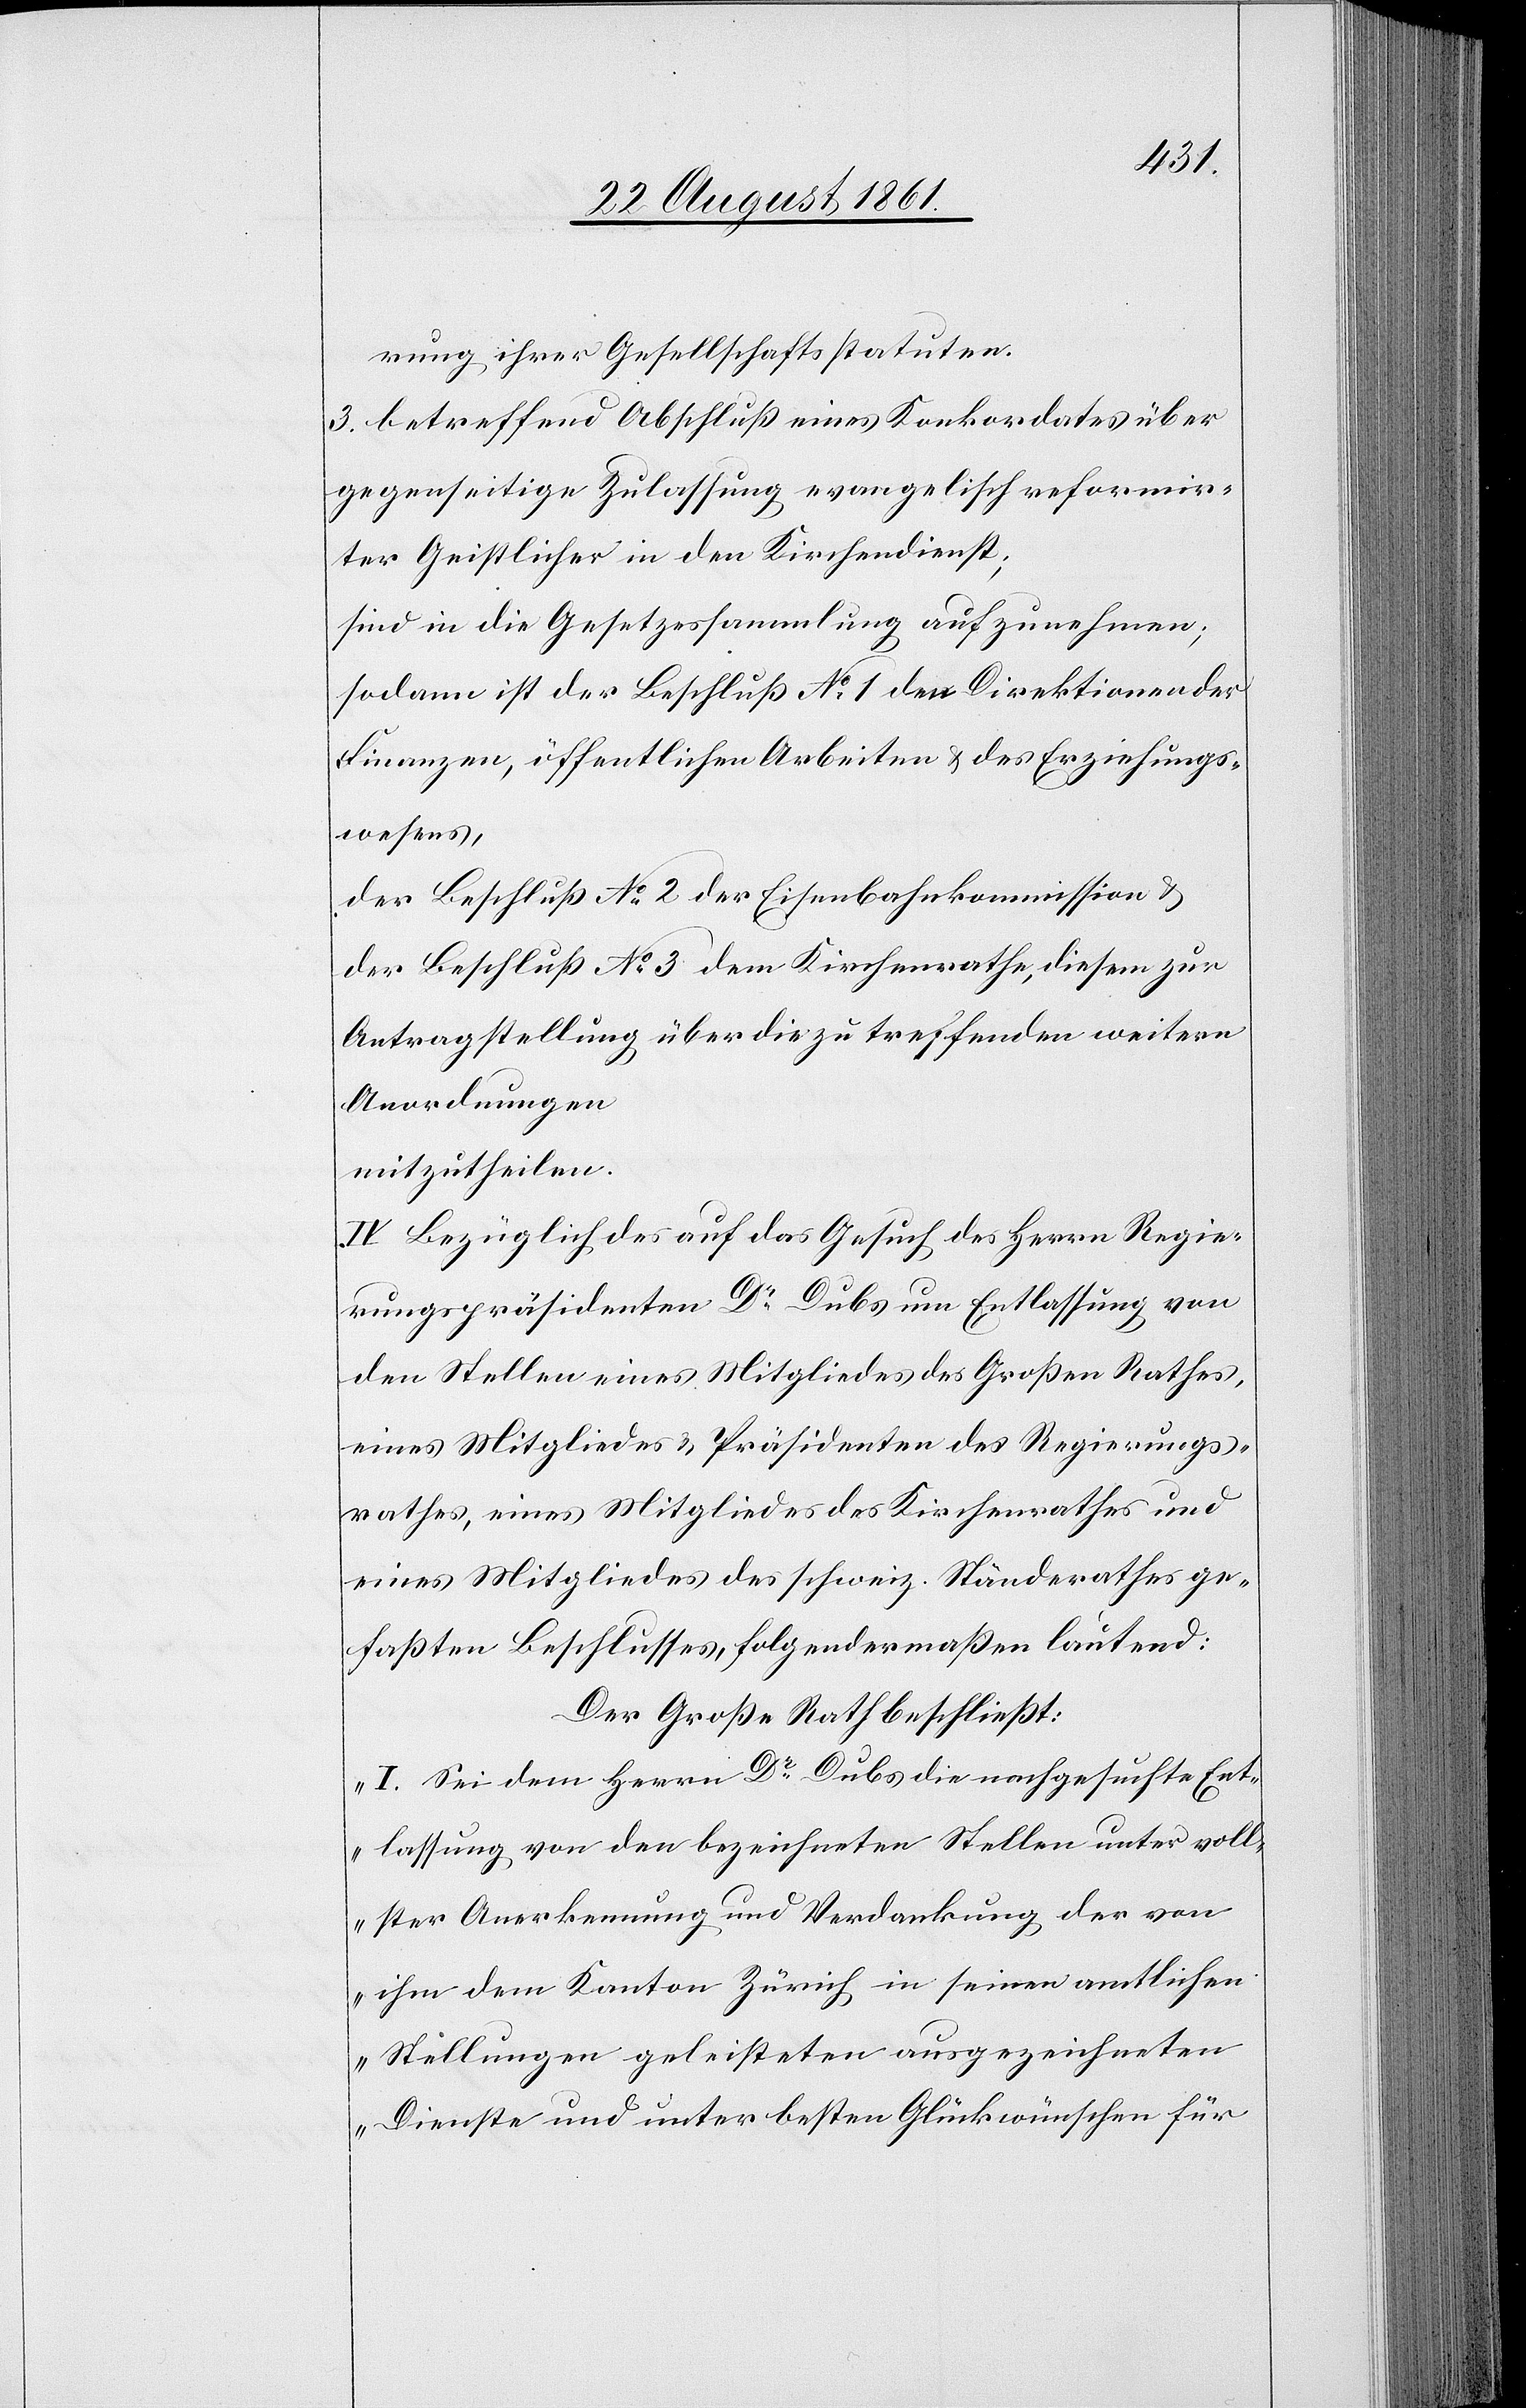
3. betreffend Abschluß eines Konkordates über
gegenseitige Zulassung evangelisch reformir¬
ter Geistlicher in den Kirchendienst;
sind in die Gesetzessammlung aufzunehmen;
sodann ist der Beschluß N° 1 den Direktionen der
Finanzen, öffentlichen Arbeiten u. des Erziehungs¬
wesens,
der Beschluß N° 2 der Eisenbahnkommission u.
der Beschluß N° 3 dem Kirchenrathe, diesem zur
Antragstellung über die zu treffenden weitern
Anordnungen
mitzutheilen.
IV. Bezüglich des auf das Gesuch des Herrn Regie¬
rungspräsidenten Dr Dubs um Entlassung von
den Stellen eines Mitgliedes des Großen Rathes,
eines Mitgliedes u. Präsidenten des Regierungs¬
rathes, eines Mitgliedes des Kirchenrathes und
eines Mitgliedes des schweiz. Ständerathes ge¬
faßten Beschlusses, folgendermaßen lautend:
Der Große Rath beschließt:
„I. Sei dem Herrn Dr Dubs die nachgesuchte Ent¬
lassung von den bezeichneten Stellen unter voll¬
ster Anerkennung und Verdankung der von
ihm dem Kanton Zürich in seinen amtlichen
Stellungen geleisteten ausgezeichneten
Dienste und unter besten Glückwünschen für